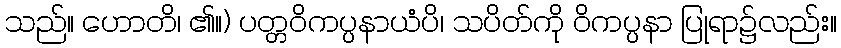
သည်။ ဟောတိ၊ ၏။) ပတ္တဝိကပ္ပနာယံပိ၊ သပိတ်ကို ဝိကပ္ပနာ ပြုရာ၌လည်း။